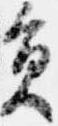
員